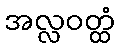
အလ္လဝတ္ထံ